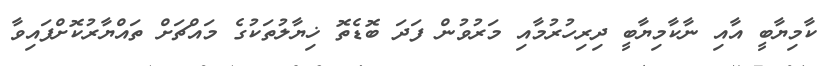
ކާމިޔާބީ އާއި ނާކާމިޔާބީ ދިރިހުރުމާއި މަރުވުން ފަދަ ބޮޑެތޮ ޚިޔާލުތަކުގެ މައްޗަށް ތައްޔާރުކޮށްފައިވާ